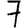
Digit: 7